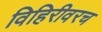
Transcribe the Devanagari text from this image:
विहिरीवरच